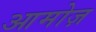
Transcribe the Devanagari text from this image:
आमोज़